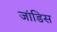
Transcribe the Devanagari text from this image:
जांडिस